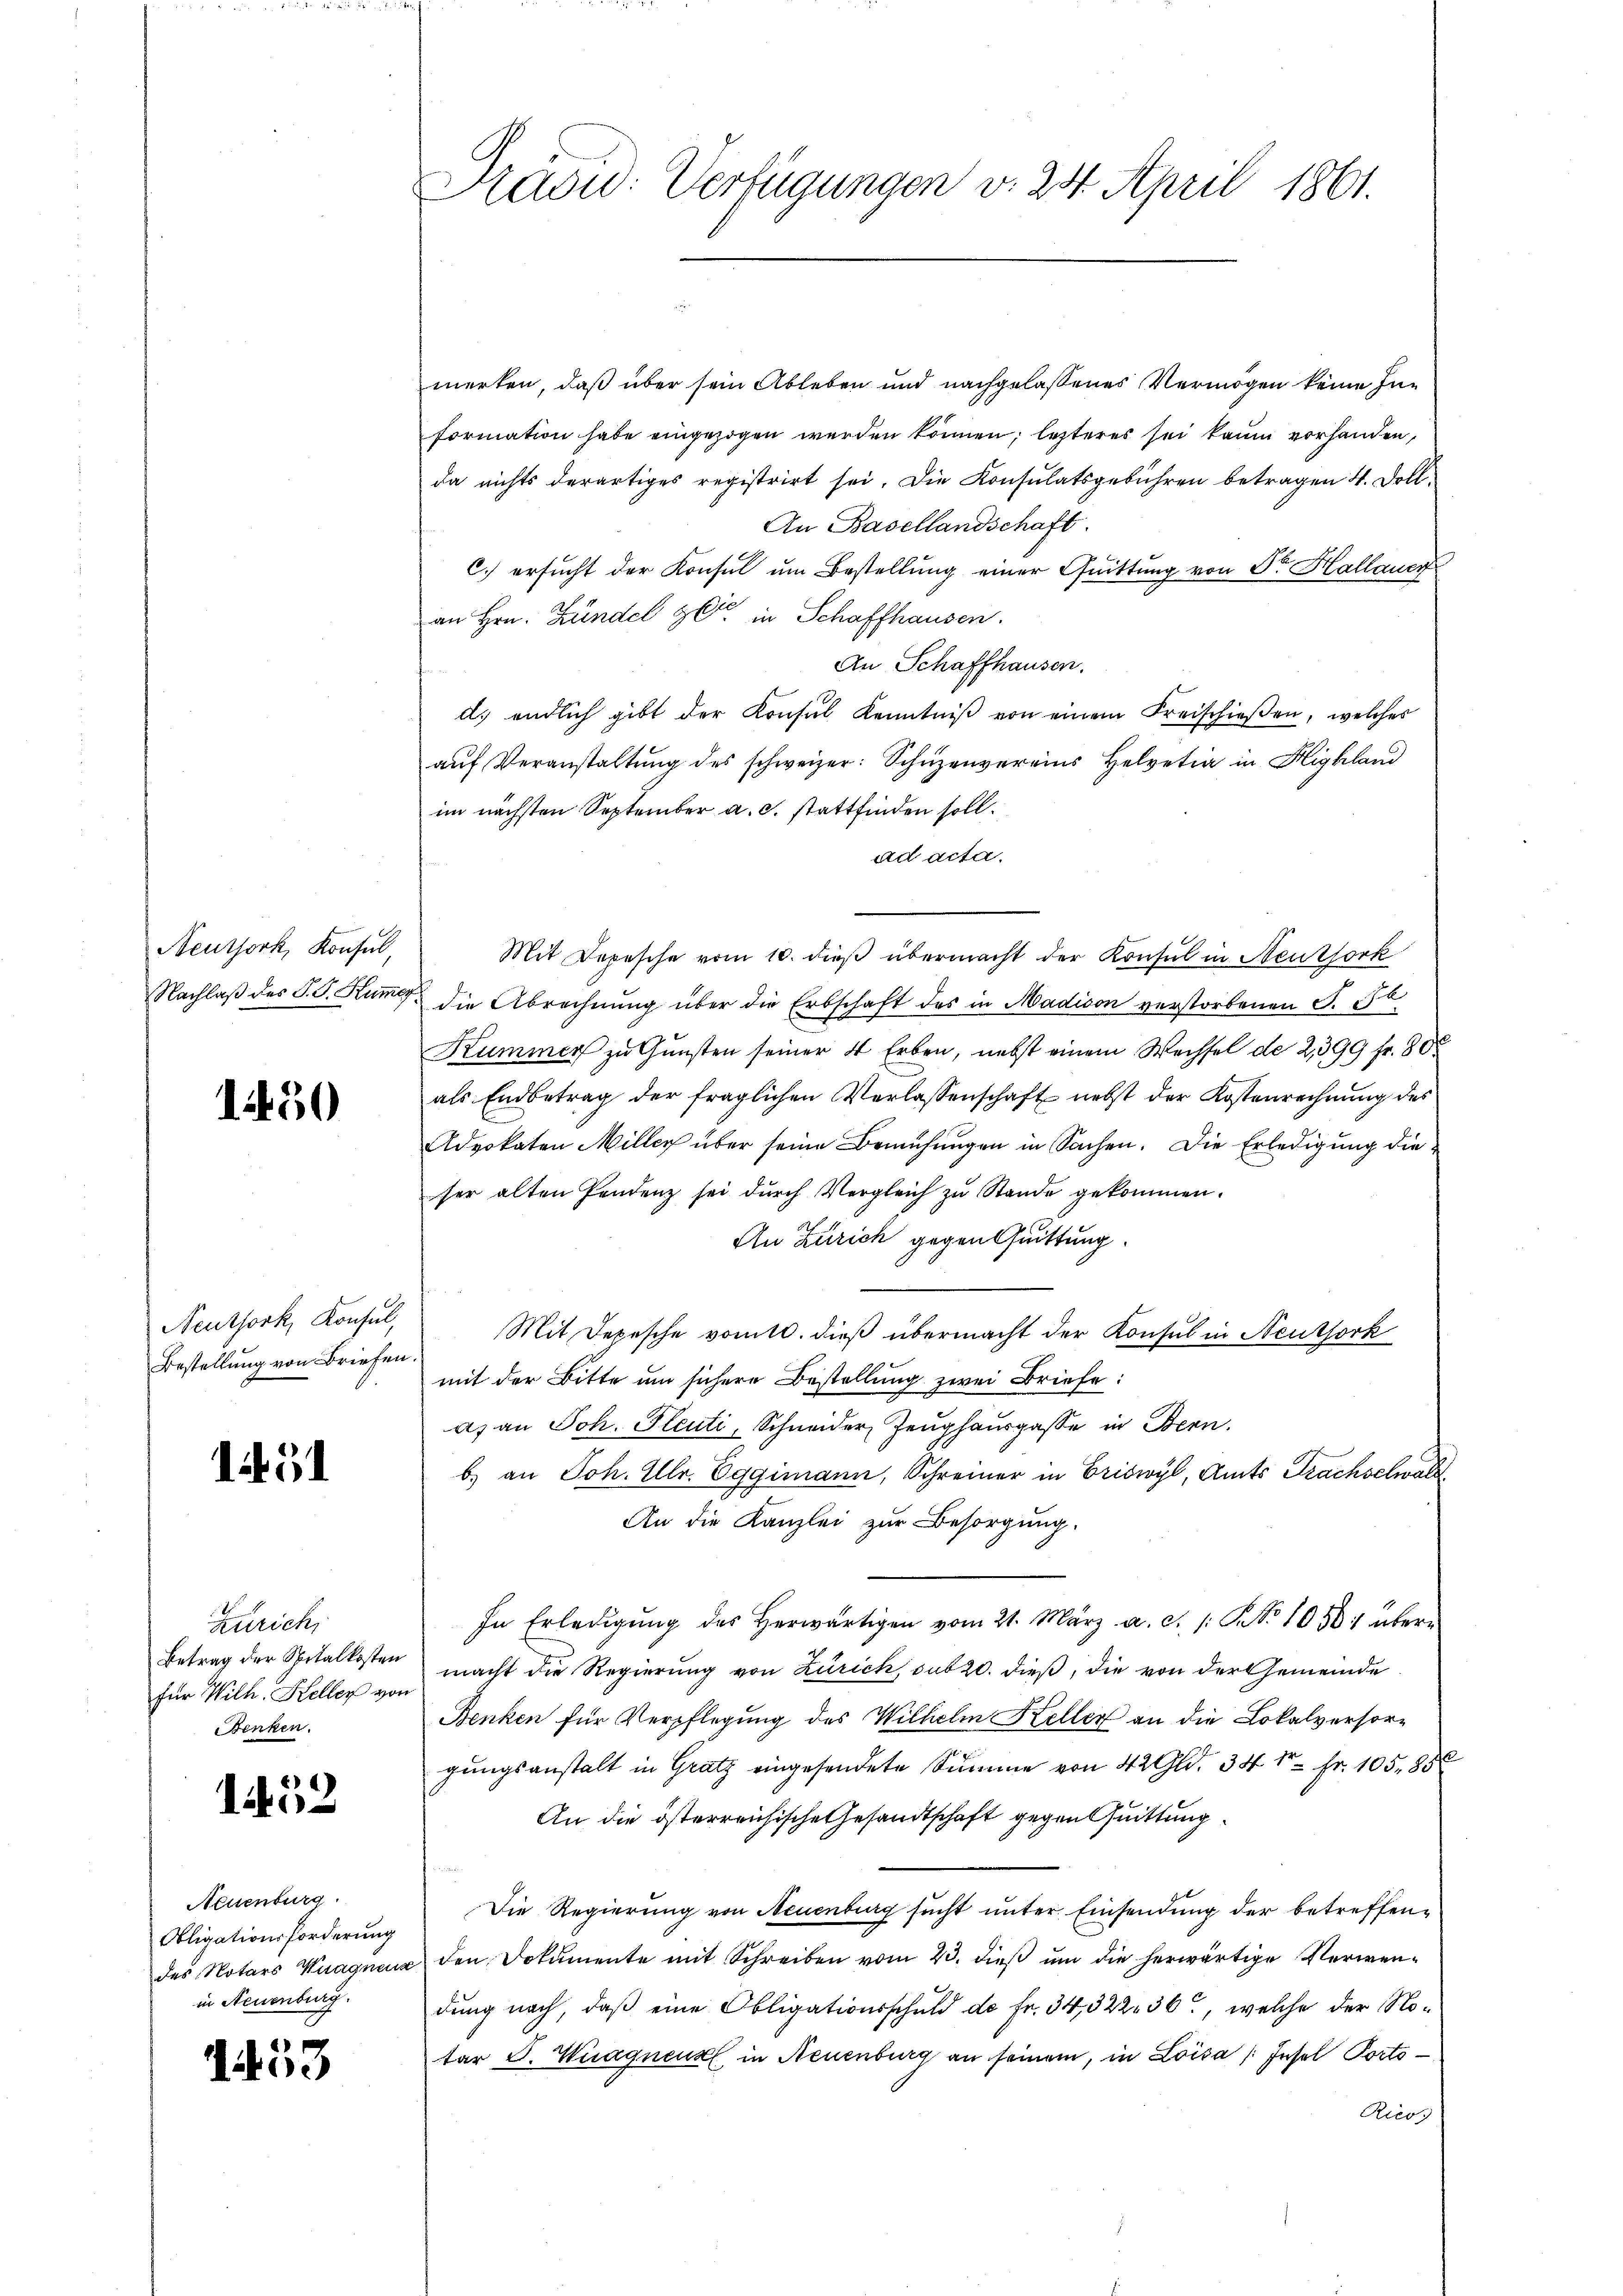
Neuthork, Konsul,
Nachlaß des P. G. Kummer

1450

Neuthork, Konsul,
Bestellung von Briefen

i 5

Zürich,
Betrag der Spitalkosten
für Wilh. Keller vor
Benken.

6)
10

Neuenburg.
Obligationsforderung
des Notars Wagnenz
in Neuenburg.

1453

Haow: Verfügungen v. 24. April 1861.

merken, daß über sein Ableben und nachgelassenes Vermögen keine Information habe eingezogen werden können; letzteres sei kaum vorhanden,
da nichts derartiges registrirt sei. Die Konsulatsgebühren betragen 4. Doll.
An Basellandschaft.
C) ersucht der Konsul um Bestellung einer Quittung von Sr. Hallauen
6
an Hrn. Kündel zu in Schaffhausen.
An Schaffhausen.
d. endlich gibt der Konsul Kenntniß von einem Freischießen, welches
aŭf Veranstaltŭng des schweizer: Schüzenvereins Helvetia in Highland
im nächsten September a. c. stattfinden soll.
ad acta.
Mit Depesche vom 10. dieß übermacht der Konsul in Neuthork
 die Abrechnung über die Erbschaft des in Madison verstorbenen S. 5
Kummer zu Gunsten seiner 4 Erben, nebst einem Wechsel de 2,399 fr. 80
als Endbetrag der fraglichen Verlassenschaft nebst der Kostenrechnung des
Advokaten Miller über seine Bemühungen in Sachen. Die Erledigung die
ser alten Pendenz sei dŭrch Vergleich zŭ Stande gekommen.
An Zürich gegen Quittung.
Mit Depesche vomtl. dieß übermacht der Konsul in Neuthork
mit der Bitte um sichere Bestellung zwei Briefe:
a) an Joh. Glenti, Schneider Zeughauspasse in Bern.
b) an Joh. Ulr. Eggimann, Schreiner in Eriswyl, Amts Frachselwald
An die Kanzlei zur Besorgung.
In Erledigŭng des herwärtigen vom 21. März a. c. /: No 10501 übern
macht die Regierung von Zürich sub 20. dieß, die von der Gemeinde
Benken für Verpflegung des Wilhelm Keller an die Lokalversor¬
.
gungsanstalt in Gratz eingesendete Summe von 42 Gld. 341 Fr. 105. 858
An die österreichische Gesandtschaft gegen Quittung
Die Regierung von Neuenburg sucht unter Einsendung der betreffenden Dokumente mit Schreiben vom 23. dieβ ŭm die herwärtige Verwendung nach, daß eine Obligationsschuld de fr. 34, 322, 36, welche der Notar G. Wagnenz in Neuenburg an seinem, in Loisa /: Insel Porto¬
Ricos